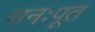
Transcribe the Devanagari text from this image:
मनःपूत